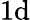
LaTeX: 1\mathrm{d}